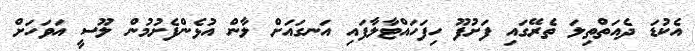
އެކުޑަ ދެއަތްތިލަ ތެރޭގައި ފަށުފޫ ހިފަހައްޓާލާފައި އަނގައަށް ލާން އުޅެންފެށުމުން ލޫސީ އަވަހަށް